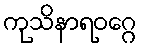
ကုသိနာရဝဂ္ဂေ